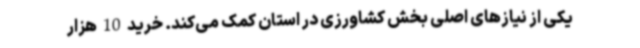
یکی از نیازهای اصلی بخش کشاورزی در استان کمک می‌کند. خرید 10 هزار